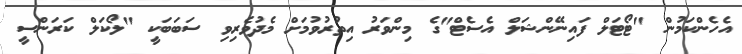
އެހެންކަމުން "ޓޯޓަލް ފައިނޭންޝަލް އެސެޓް"ގެ މިންވަރު އިތުރުވުމަށް މެދުވެރިވި ސަބަބަކީ "ލޯކަލް ކަރަންސީ